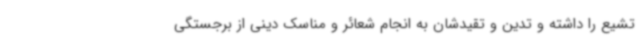
تشیع را داشته و تدین و تقیدشان به انجام شعائر و مناسک دینی از برجستگی